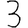
Digit: 3